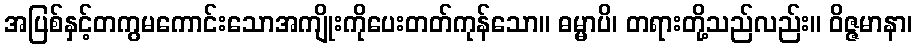
အပြစ်နှင့်တကွမကောင်းသောအကျိုးကိုပေးတတ်ကုန်သော။ ဓမ္မာပိ၊ တရားတို့သည်လည်း။ ဝိဇ္ဇမာနာ၊